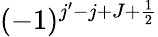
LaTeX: (-1)^{j^{\prime}-j+J+\frac{1}{2}}